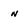
Character: n